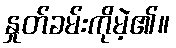
နှုတ်ခမ်းကိုမဲ့၏။